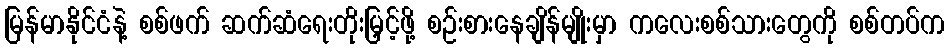
မြန်မာနိုင်ငံနဲ့ စစ်ဖက် ဆက်ဆံရေးတိုးမြှင့်ဖို့ စဉ်းစားနေချိန်မျိုးမှာ ကလေးစစ်သားတွေကို စစ်တပ်က